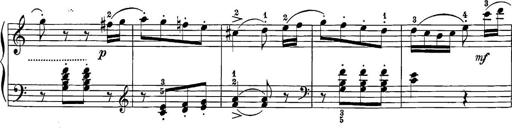
Title: 12 Sonatine per Pianoforte
Composer: Friedrich Kuhlau